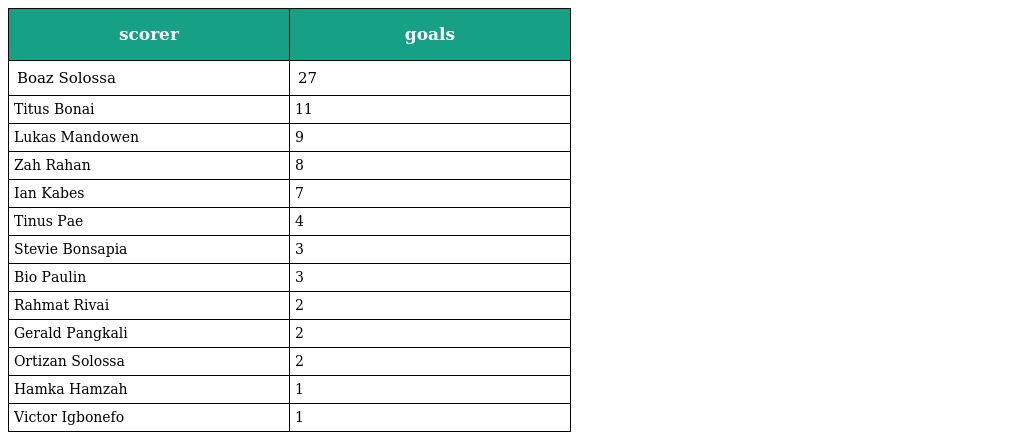
| scorer | goals |
 | --- | --- |
 | Boaz Solossa | 27 |
 | Titus Bonai | 11 |
 | Lukas Mandowen | 9 |
 | Zah Rahan | 8 |
 | Ian Kabes | 7 |
 | Tinus Pae | 4 |
 | Stevie Bonsapia | 3 |
 | Bio Paulin | 3 |
 | Rahmat Rivai | 2 |
 | Gerald Pangkali | 2 |
 | Ortizan Solossa | 2 |
 | Hamka Hamzah | 1 |
 | Victor Igbonefo | 1 |